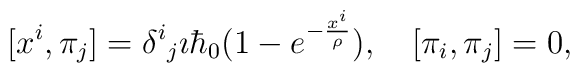
[x^i,\pi_j]=\delta^i{}_j\imath\hbar_0(1-e^{-\frac{x^i}{\rho}}),\quad [\pi_i,\pi_j]=0,